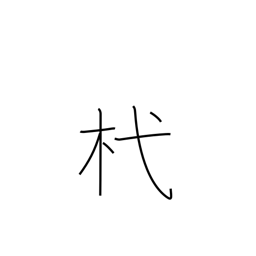
Meaning: stake